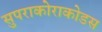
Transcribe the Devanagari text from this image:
सुपराकोराकोडस